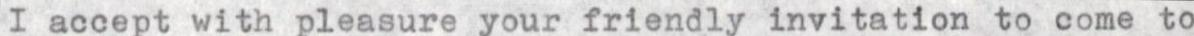
I accept with pleasure your friendly invitation to come to